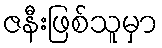
ဇနီးဖြစ်သူမှာ